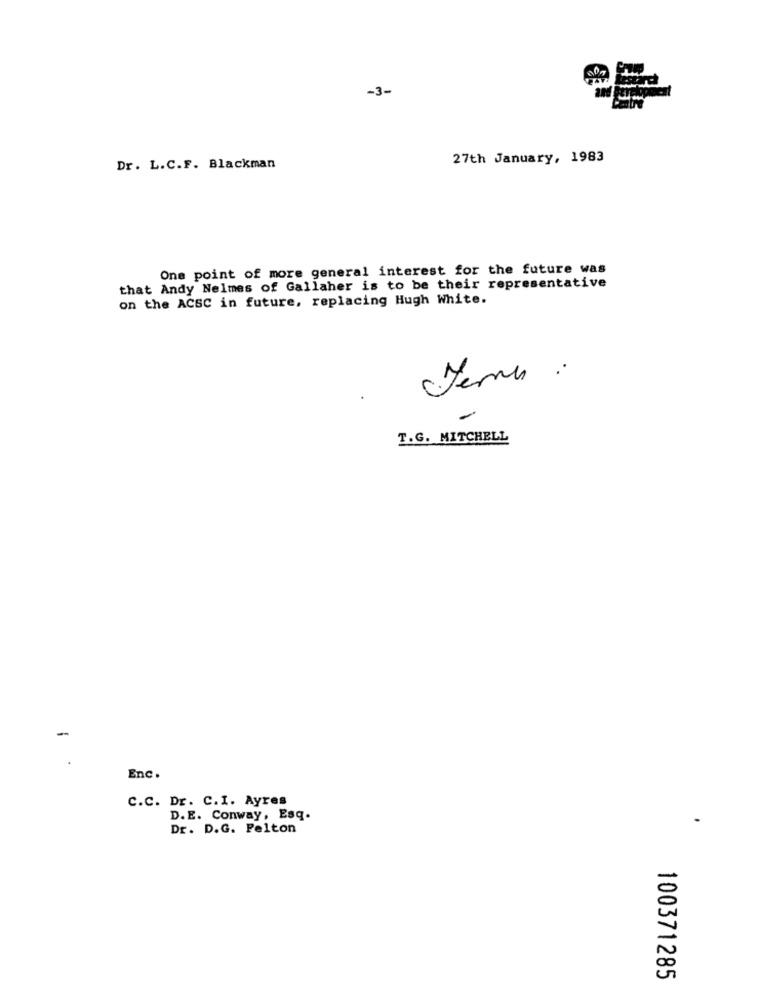
-3-
27th January, 1983
Dr. L.C.F. Blackman
One point of more general interest for the future was
that Andy Nelmes of Gallaher is to be their representative
on the ACSC in future, replacing Hugh White.
Jern :
T.G. MITCHELL
-
Enc.
C.C. Dr. C.I. Ayres
D.E. Conway, Esq.
Dr. D.G. Pelton
100371285